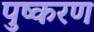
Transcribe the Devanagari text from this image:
पुष्करण